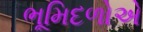
ભૂમિદળોએ